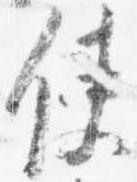
使